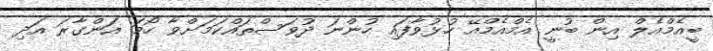
ބީއެމްއެލް އިން ބުނީ އެމްއެމްއޭ ހުޅުވާފައި ހުންނަ ދުވަސްތައްކަމަށްވާ ހޯމަ އަންގާރަ އަދި